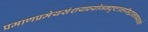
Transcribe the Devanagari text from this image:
प्रमाणप्रमेयसंशयप्रयोजनदृष्टान्तसिद्धान्तावयवतर्क